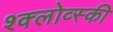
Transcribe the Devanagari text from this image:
श्क्लोव्स्की